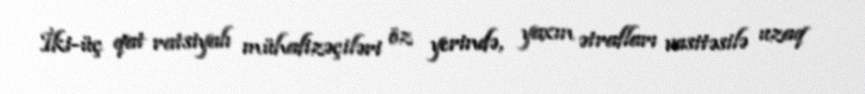
İki-üç qat ratsiyalı mühafizəçiləri öz yerində, yaxın ətrafları vasitəsilə uzaq